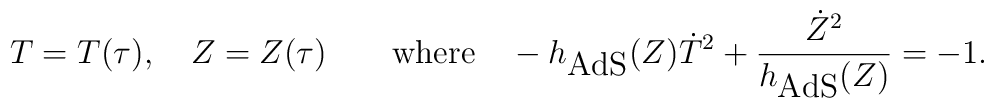
T=T(\tau), \quad Z=Z(\tau) \qquad \textrm{where} \quad-h_\textrm{AdS}(Z)\dot T^2+\frac{\dot Z^2}{h_\textrm{AdS}(Z)}=-1.